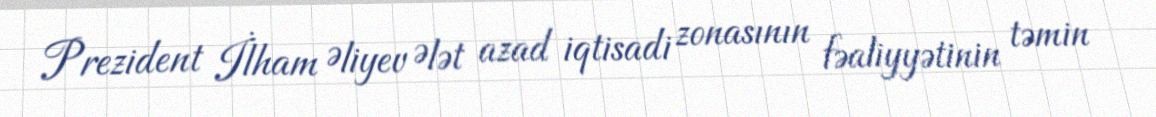
Prezident İlham Əliyev Ələt azad iqtisadi zonasının fəaliyyətinin təmin